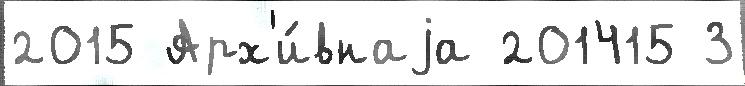
2015 Арх'и́внаjа 201415 3